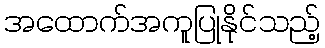
အထောက်အကူပြုနိုင်သည့်